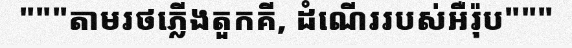
"""តាមរថភ្លើងតួកគី, ដំណើររបស់អឺរ៉ុប"""